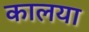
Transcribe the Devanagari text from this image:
कालया